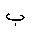
Letter: _ba